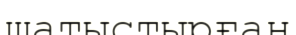
шатыстырған